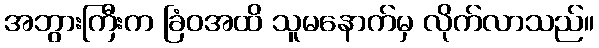
အဘွားကြီးက ခြံဝအထိ သူမနောက်မှ လိုက်လာသည်။